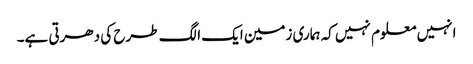
انہیں معلوم نہیں کہ ہماری زمین ایک الگ طرح کی دھرتی ہے۔